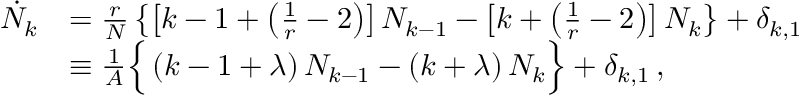
\begin{array} { r l } { \dot { N } _ { k } } & { = \frac { r } { N } \left\{ \left[ k - 1 + \left( \frac { 1 } { r } - 2 \right) \right] N _ { k - 1 } - \left[ k + \left( \frac { 1 } { r } - 2 \right) \right] N _ { k } \right\} + \delta _ { k , 1 } } \\ & { \equiv \frac { 1 } { A } \Big \{ \left( k - 1 + \lambda \right) N _ { k - 1 } - \left( k + \lambda \right) N _ { k } \Big \} + \delta _ { k , 1 } \, , } \end{array}